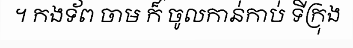
។ កងទ័ព ចាម ក៏ ចូលកាន់កាប់ ទីក្រុង